Annual report of the Imperial Bacteriological Laboratory, Muktesar
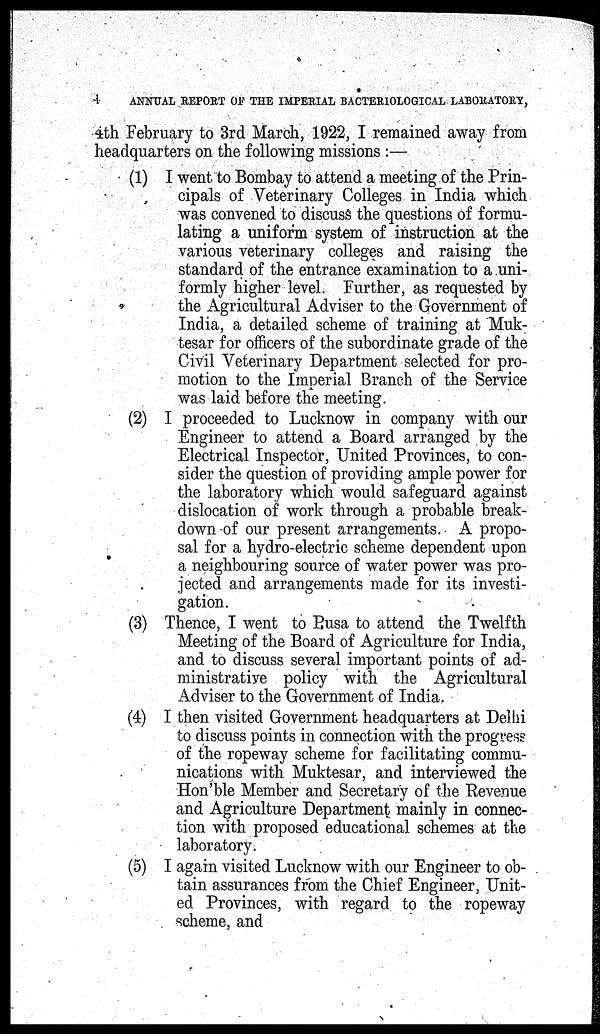
4
ANNUAL REPORT OF THE IMPERIAL BACTERIOLOGICAL LABORATORY,
4th February to 3rd March, 1922, I remained away from
headquarters on the following missions :—
(1) I went to Bombay to attend a meeting of the Prin-
cipals of Veterinary Colleges in India which
was convened to discuss the questions of formu-
lating a uniform system of instruction at the
various veterinary colleges and raising the
standard of the entrance examination to a uni-
formly higher level. Further, as requested by
the Agricultural Adviser to the Government of
India, a detailed scheme of training at Muk-
tesar for officers of the subordinate grade of the
Civil Veterinary Department selected for pro-
motion to the Imperial Branch of the Service
was laid before the meeting.
(2) I proceeded to Lucknow in company with our
Engineer to attend a Board arranged by the
Electrical Inspector, United Provinces, to con-
sider the question of providing ample power for
the laboratory which would safeguard against
dislocation of work through a probable break-
down of our present arrangements. A propo-
sal for a hydro-electric scheme dependent upon
a neighbouring source of water power was pro-
jected and arrangements made for its investi-
gation.
(3) Thence, I went to Pusa to attend the Twelfth
Meeting of the Board of Agriculture for India,
and to discuss several important points of ad-
ministrative policy with the Agricultural
Adviser to the Government of India.
(4) I then visited Government headquarters at Delhi
to discuss points in connection with the progress
of the ropeway scheme for facilitating commu-
nications with Muktesar, and interviewed the
Hon'ble Member and Secretary of the Revenue
and Agriculture Department mainly in connec-
tion with proposed educational schemes at the
laboratory.
(5) I again visited Lucknow with our Engineer to ob-
tain assurances from the Chief Engineer, Unit-
ed Provinces, with regard to the ropeway
scheme, and